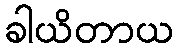
ခါယိတာယ